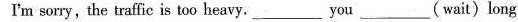
I 'm sorry, the traffic is too heavy.___you___(wait)long